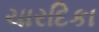
ચારદિકા